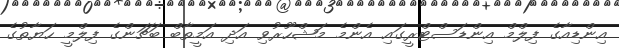
އިންޑިއާގެ ފިލްމް އިންޑަސްޓްރީގައި އެންމެ މަޝްހޫރުވި އަދި އަމީތާބް ބަޗަންގެ ފިލްމީ ހަޔާތުގެ